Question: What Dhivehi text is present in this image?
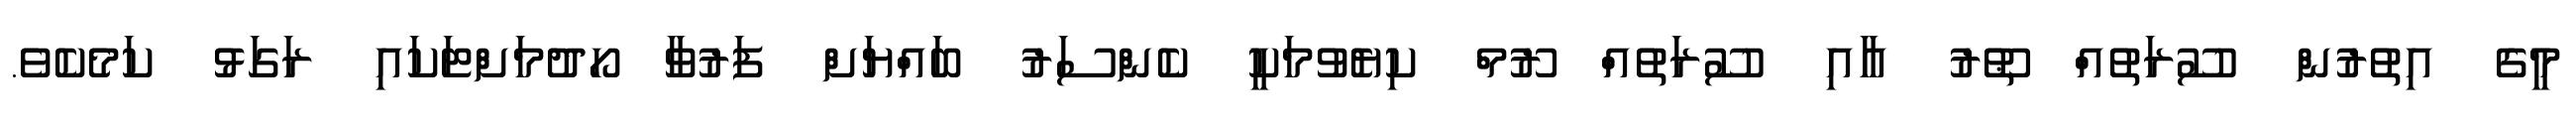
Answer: މީގެ އިތުރުން ސޫރަތުއް ޠޫރު އާއި ސޫރަތުއް ރޫމް ކިޔެވުމަކީ ކެންސަރު ބައްޔަށް ފަރުވާ ހޯދުމަށްޓަކައި ރަގަޅު ކަމެކެވެ.